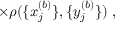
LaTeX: \times \rho ( \{ x _ { j } ^ { ( b ) } \} , \{ y _ { j } ^ { ( b ) } \} ) \; ,